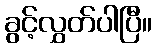
ခွင့်လွှတ်ပါပြီ။